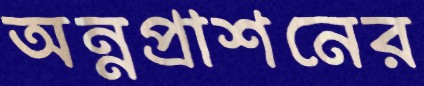
অন্নপ্রাশনের